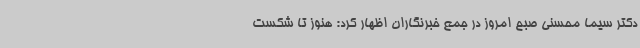
دکتر سیما محسنی صبح امروز در جمع خبرنگاران اظهار کرد: هنوز تا شکست